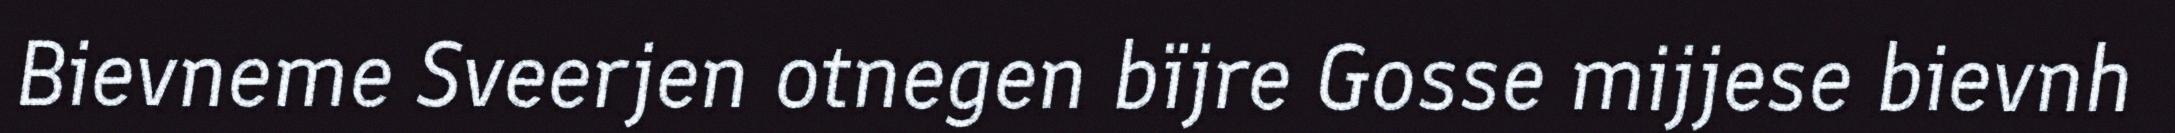
Bievneme Sveerjen otnegen bïjre Gosse mijjese bievnh